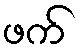
ဖက်